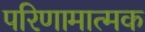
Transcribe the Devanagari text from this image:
परिणामात्‍मक